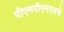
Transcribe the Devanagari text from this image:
पीएमपीएमएलचे